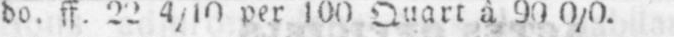
do. ff. 22 4/10 per 100 Quart à 900/0.